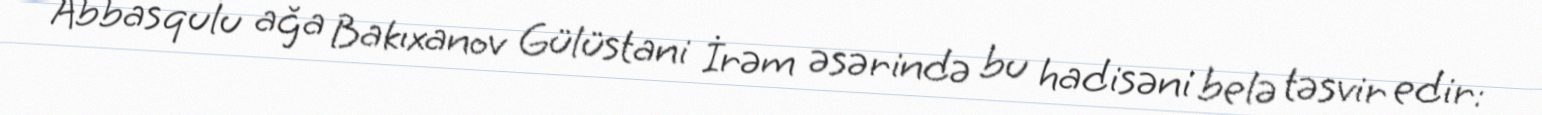
Abbasqulu ağa Bakıxanov Gülüstani İrəm əsərində bu hadisəni belə təsvir edir: